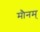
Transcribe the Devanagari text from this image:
मौनम्